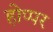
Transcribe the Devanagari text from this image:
होप्पर